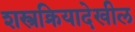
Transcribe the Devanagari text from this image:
शस्त्रक्रियादेखील